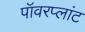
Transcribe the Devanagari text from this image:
पॉवरप्लांट